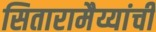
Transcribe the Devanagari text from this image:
सितारामैय्यांची